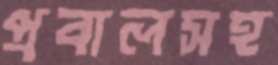
প্রবালসহ